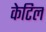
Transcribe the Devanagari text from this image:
केटिल